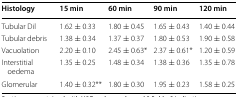
| Histology | 15 min | 60 min | 90 min | 120 min |
 | --- | --- | --- | --- | --- |
 | Tubular Dil | 1.62 ± 0.33 | 1.80 ± 0.45 | 1.65 ± 0.43 | 1.40 ± 0.44 |
 | Tubular debris | 1.38 ± 0.34 | 1.37 ± 0.37 | 1.80 ± 0.53 | 1.90 ± 0.58 |
 | Vacuolation | 2.20 ± 0.10 | 2.45 ± 0.63* | 2.37 ± 0.61* | 1.20 ± 0.59 |
 | Interstitial oedema | 1.35 ± 0.25 | 1.48 ± 0.34 | 1.38 ± 0.36 | 1.35 ± 0.78 |
 | Glomerular | 1.40 ± 0.32** | 1.80 ± 0.30 | 1.95 ± 0.23 | 1.58 ± 0.25 |